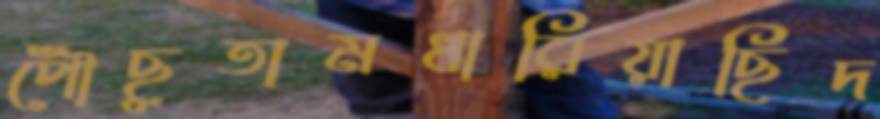
পৌঁছুতামধারিয়াছিদ